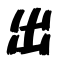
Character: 出